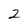
Character: 2